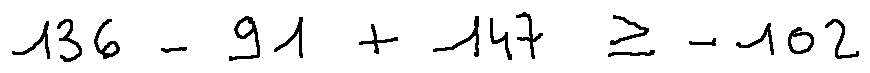
1 3 6 - 9 1 + 1 4 7 \geq - 1 0 2